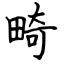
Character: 畸